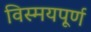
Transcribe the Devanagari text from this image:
विस्मयपूर्ण